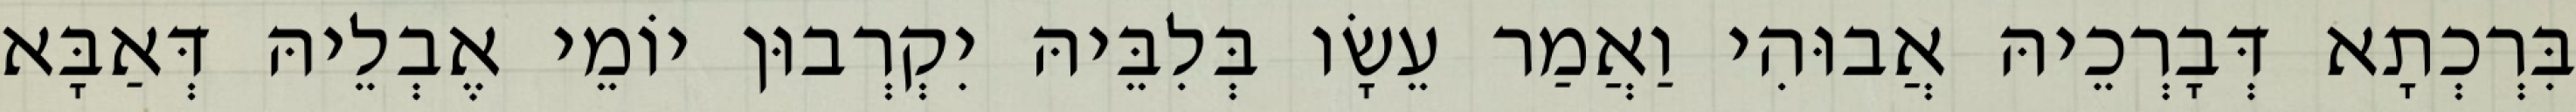
בִּרְכְתָא דְּבָרְכֵיהּ אֲבוּהִי וַאֲמַר עֵשָׂו בְּלִבֵּיהּ יִקְרְבוּן יוֹמֵי אֶבְלֵיהּ דְּאַבָּא